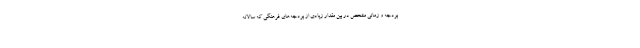
بودجه و زمانی مشخص در بین مقدار زیادی از بودجه‌های فرهنگی که سالانه